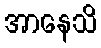
အာနေသိ